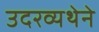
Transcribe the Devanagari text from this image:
उदरव्यथेने